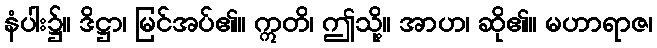
နံပါး၌။ ဒိဋ္ဌာ၊ မြင်အပ်၏။ ဣတိ၊ ဤသို့။ အာဟ၊ ဆို၏။ မဟာရာဇ၊